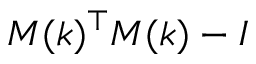
M ( k ) ^ { \top } M ( k ) - I